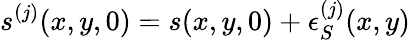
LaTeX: s^{(j)}(x,y,0)=s(x,y,0)+\epsilon_{S}^{(j)}(x,y)